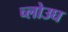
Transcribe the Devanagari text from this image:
च्लोउघ